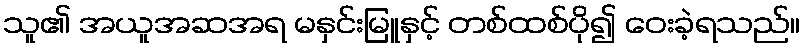
သူ၏ အယူအဆအရ မနှင်းမြူနှင့် တစ်ထစ်ပို၍ ဝေးခဲ့ရသည်။